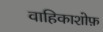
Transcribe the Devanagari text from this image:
वाहिकाशोफ़